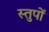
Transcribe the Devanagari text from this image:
स्तुपों